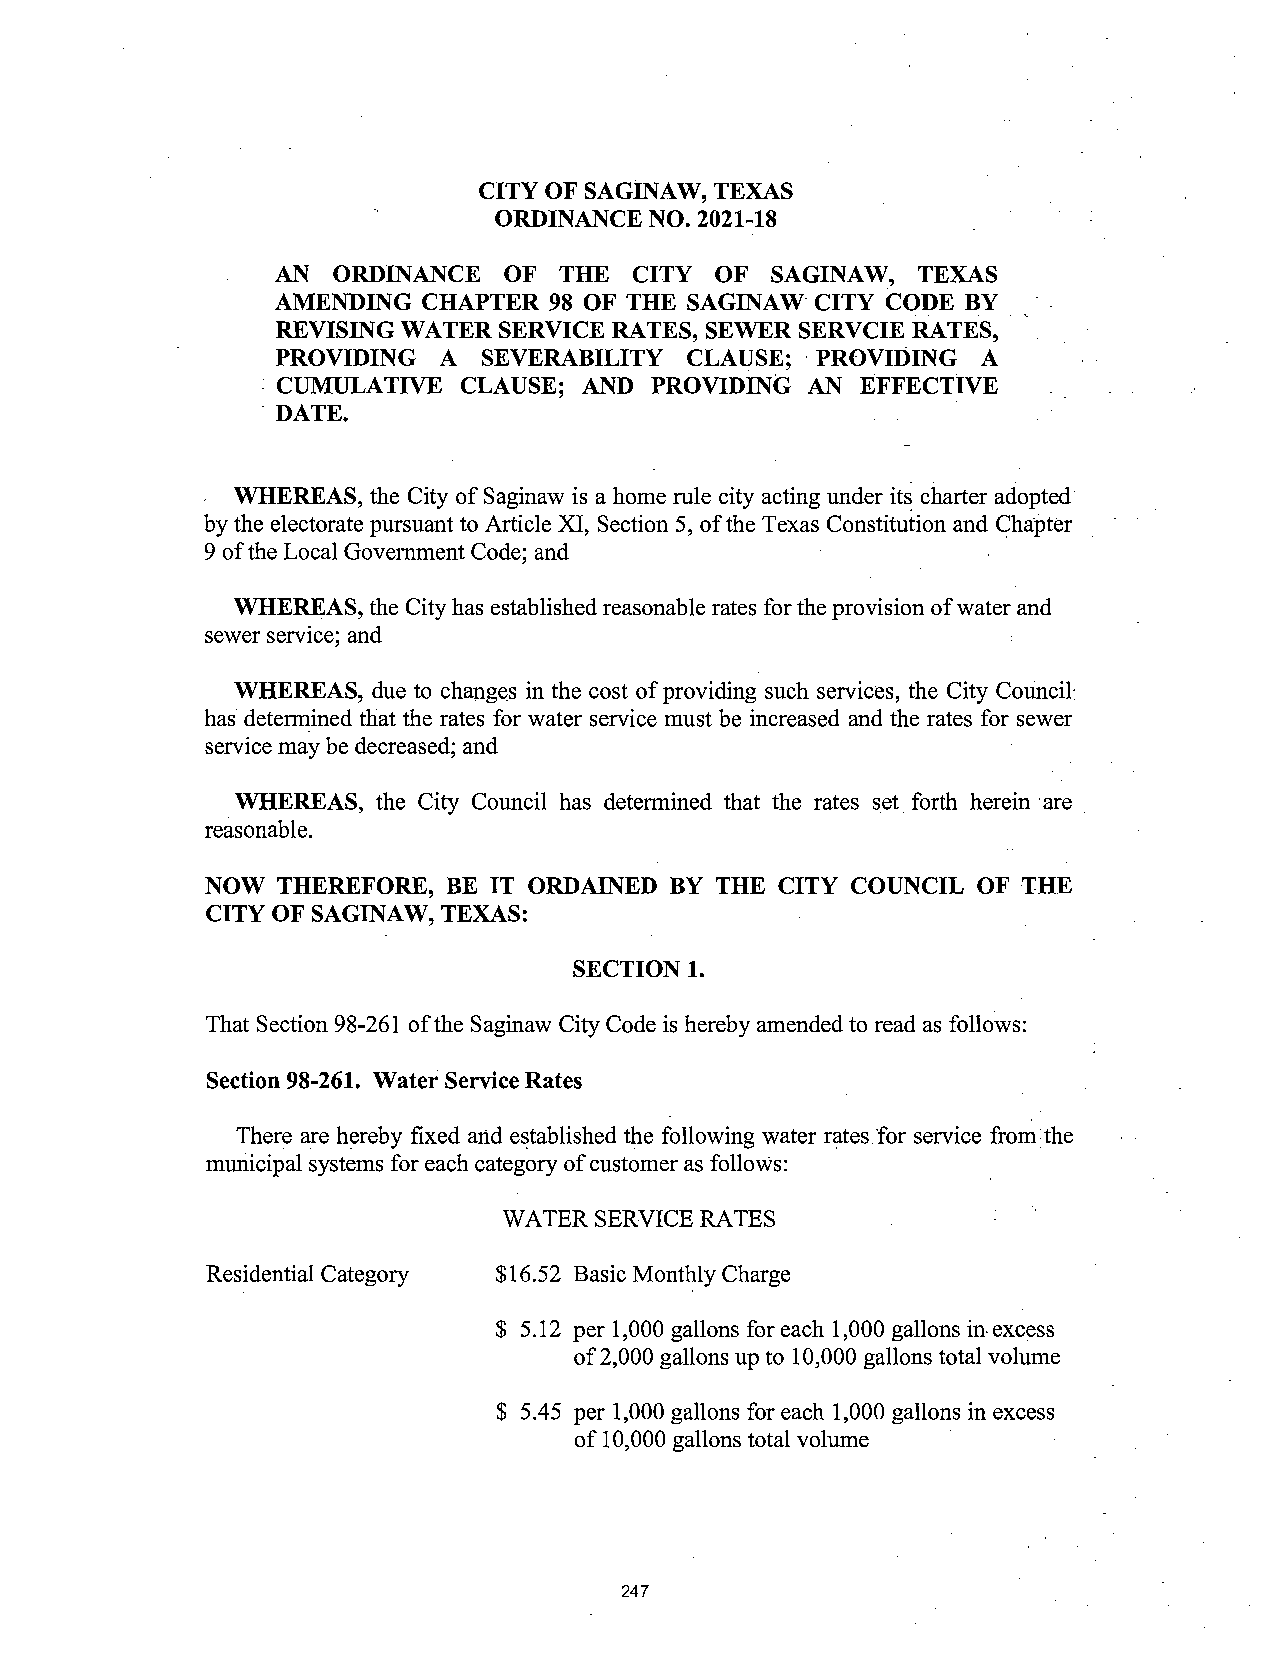
CITY OF SAGINAW, TEXAS
 ORDINANCE NO. 2021-18
 AN  ORDINANCE  OF  THE  CITY OF  SAGINAW,  TEXAS
 AMENDING  CHAPTER 98 OF THE SAGINAW CITY CODE BY
 REVISING WATER SERVICE RATES, SEWER SERVCIE RATES,
 PROVIDING  A  SEVERABILITY CLAUSE;  PROVIDING  A
 CUMULATIVE   CLAUSE; AND PROVIDING AN  EFFECTIVE
 DATE.
 WHEREAS,  the City ofSaginaw is a home rule city acting under its charter adopted
 bythe electorate pursuant to Article XI, Section 5, ofthe Texas Constitution and Chapter
 9 ofthe Local Government Code; and
 WHEREAS, the Cityhas established reasonable rates for the provision ofwater and
 sewer service; and
 WHEREAS,  due to changes in the cost ofproviding such services, the City Council".
 has determined that the rates for water service must be increased and the rates for sewer
 service may be decreased; and
 WHEREAS, the City Council has determined that the rates set forth herein are
 reasonable.
 NOW THEREFORE,  BE IT ORDAINED BY THE CITY COUNCIL OF THE
 CITY OF SAGINAW, TEXAS:
 SECTION 1.
 That Section 98-261 ofthe Saginaw City Code is hereby amended to read as follows:
 Section 98-261. Water Service Rates
 There are herebyfixed and established the following water ratesfor service from the
 municipal systems for each category ofcustomer as follows:
 WATER SERVICERATES
 Residential Category 16.52 Basic MonthlyCharge
 5. 12 per 1, 000 gallons for each 1, 000 gallons in excess
 of2,000 gallons up to 10,000 gallons total volume
 5.45 per 1, 000 gallons for each 1, 000 gallons in excess
 of 10,000 gallons total volume
 247